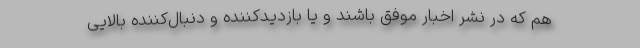
هم که در نشر اخبار موفق باشند و یا بازدیدکننده و دنبال‌کننده بالایی